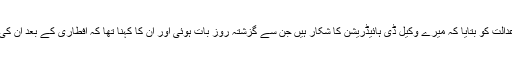
کیپٹن (ر) صفدر نے عدالت کو بتایا کہ میرے وکیل ڈی ہائیڈریشن کا شکار ہیں جن سے گزشتہ روز بات ہوئی اور ان کا کہنا تھا کہ افطاری کے بعد ان کی طبیعت خراب ہوگئی۔